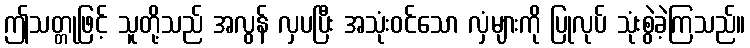
ဤသတ္တုဖြင့် သူတို့သည် အလွန် လှပပြီး အသုံးဝင်သော လှံများကို ပြုလုပ် သုံးစွဲခဲ့ကြသည်။